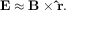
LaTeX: \mathbf { E } \approx \mathbf { B } \times \mathbf { \hat { r } } .